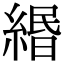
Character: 緡